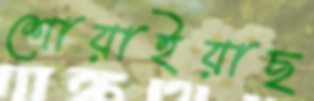
শোয়াইয়াছ